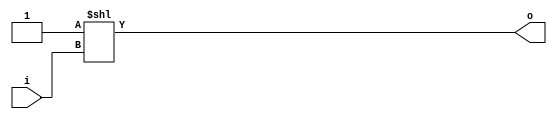
module bsg_decode_num_out_p2
(
  i,
  o
);

  input [0:0] i;
  output [1:0] o;
  wire [1:0] o;
  assign o = { 1'b0, 1'b1 } << i[0];

endmodule